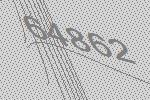
64862